Source: Handwritten
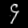
Digit: ၄ (4)